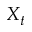
X _ { t }